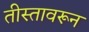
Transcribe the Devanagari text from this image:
तीस्तावरून